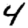
Digit: 4